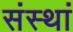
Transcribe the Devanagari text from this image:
संस्थां